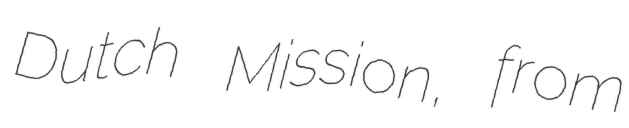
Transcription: Dutch Mission, from